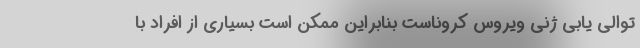
توالی یابی ژنی ویروس کروناست بنابراین ممکن است بسیاری از افراد با